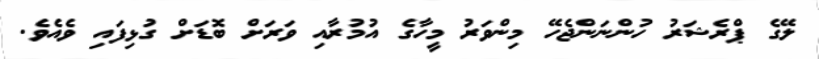
ލޭގެ ޕްރެޝަރު ހުންނަންޖެހޭ މިންވަރު މީހާގެ އުމުރާއި ވަރަށް ބޮޑަށް ގުޅިފައި ވެއެވެ.